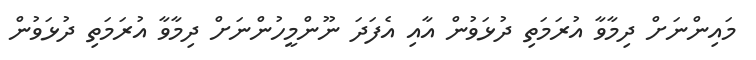
މައިންނަށް ދިމާވާ އުރަމަތި ދުޅަވުން އާއި އެފަދަ ނޫންމީހުންނަށް ދިމާވާ އުރަމަތި ދުޅަވުން